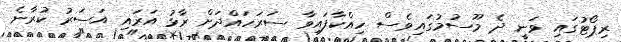
ރިޕޯޓުގައި ވަނީ ދެ މޫސުމުގައިވެސް ހިއްކާފައިވާ ސަރަހައްދަށް ރާޅު އަރައި އަސަރު ކުރާނެ